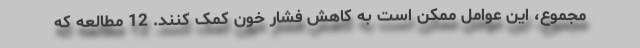
مجموع، این عوامل ممکن است به کاهش فشار خون کمک کنند. 12 مطالعه که